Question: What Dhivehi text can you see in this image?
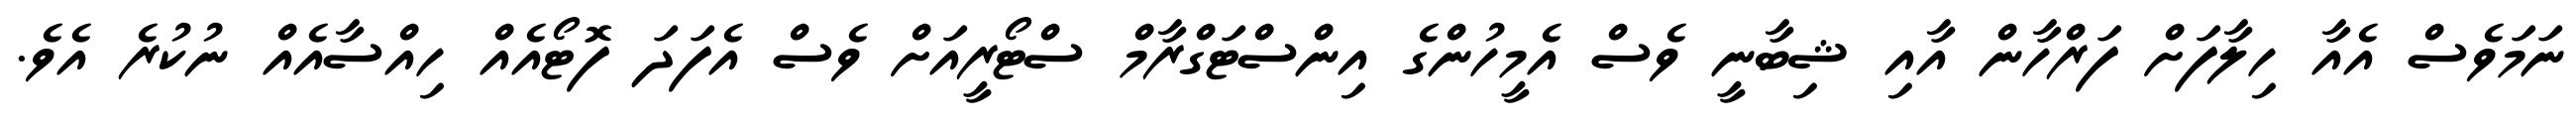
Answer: ނަމަވެސް އެއާ ހިލާފަށް ފަރްހާން އާއި ޝިބާނީ ވެސް އެމީހުންގެ އިންސްޓަގްރާމް ސްޓޯރީއަށް ވެސް އެފަދަ ފޮޓޯއެއް ހިއްސާއެއް ނުކުރެ އެވެ.